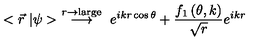
< \vec { r } \ | \psi > \ \stackrel { r \rightarrow \mathrm { l a r g e } } { \longrightarrow } \ e ^ { i k r \cos { \theta } } + { \frac { f _ { 1 } \left( \theta , k \right) } { \sqrt { r } } } e ^ { i k r }